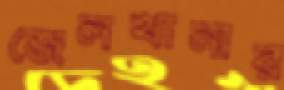
জেলখানার